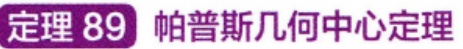
定理 89 帕普斯几何中心定理